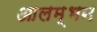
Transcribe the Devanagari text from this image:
आलम्भन